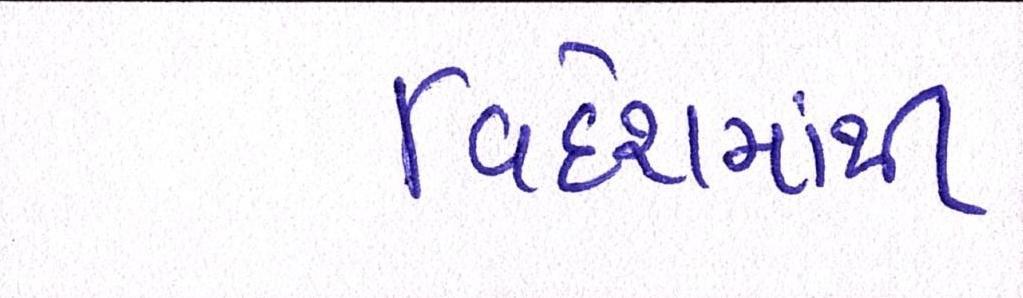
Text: વિદેશમાંથી